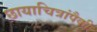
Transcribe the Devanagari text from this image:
छायाचित्रांपैकी